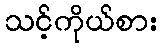
သင့်ကိုယ်စား